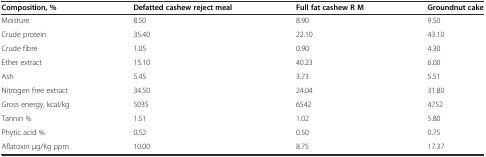
| Composition, % | Defatted cashew reject meal | Full fat cashew R M | Groundnut cake |
 | --- | --- | --- | --- |
 | Moisture | 8.50 | 8.90 | 9.50 |
 | Crude protein | 35.40 | 22.10 | 43.10 |
 | Crude fibre | 1.05 | 0.90 | 4.30 |
 | Ether extract | 15.10 | 40.23 | 6.00 |
 | Ash | 5.45 | 3.73 | 5.51 |
 | Nitrogen free extract | 34.50 | 24.04 | 31.80 |
 | Gross energy, kcal/kg | 5035 | 6542 | 4752 |
 | Tannin % | 1.51 | 1.02 | 5.80 |
 | Phytic acid % | 0.52 | 0.50 | 0.75 |
 | Aflatoxin μg/Kg ppm | 10.00 | 8.75 | 17.37 |